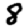
Digit: 8